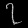
Digit: ၇